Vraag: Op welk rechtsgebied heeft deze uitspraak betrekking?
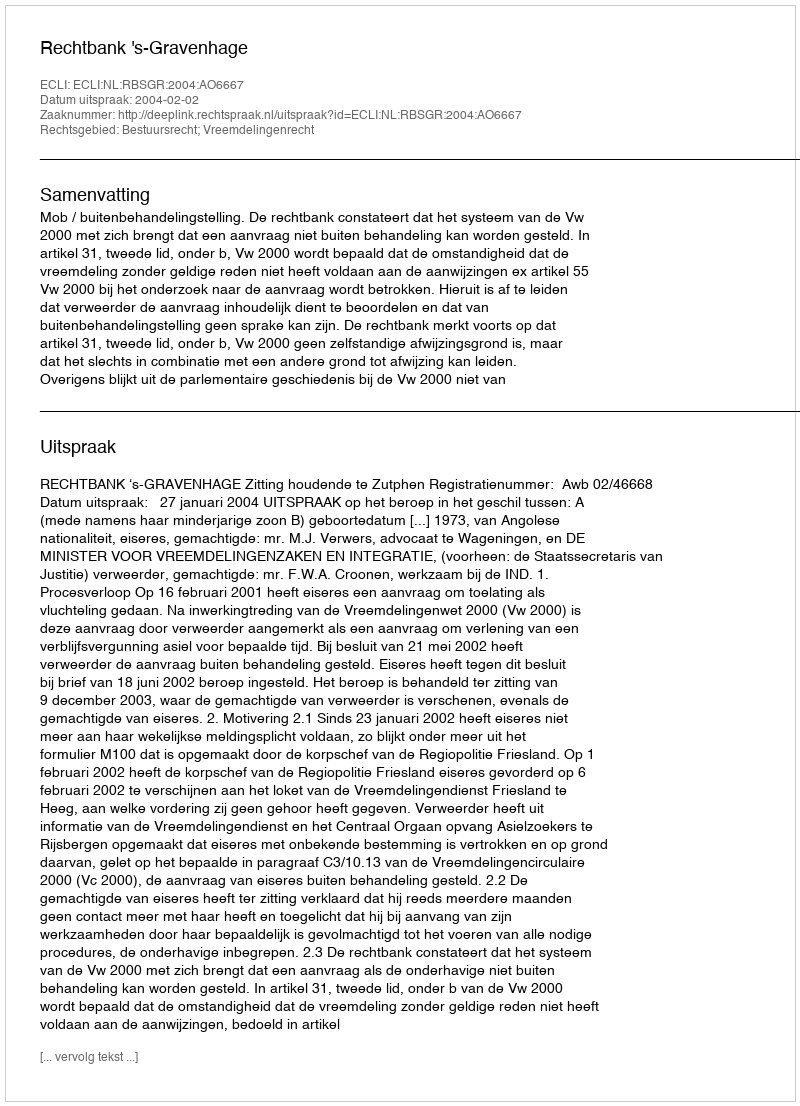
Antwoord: Bestuursrecht; Vreemdelingenrecht